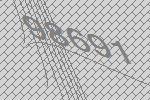
98691